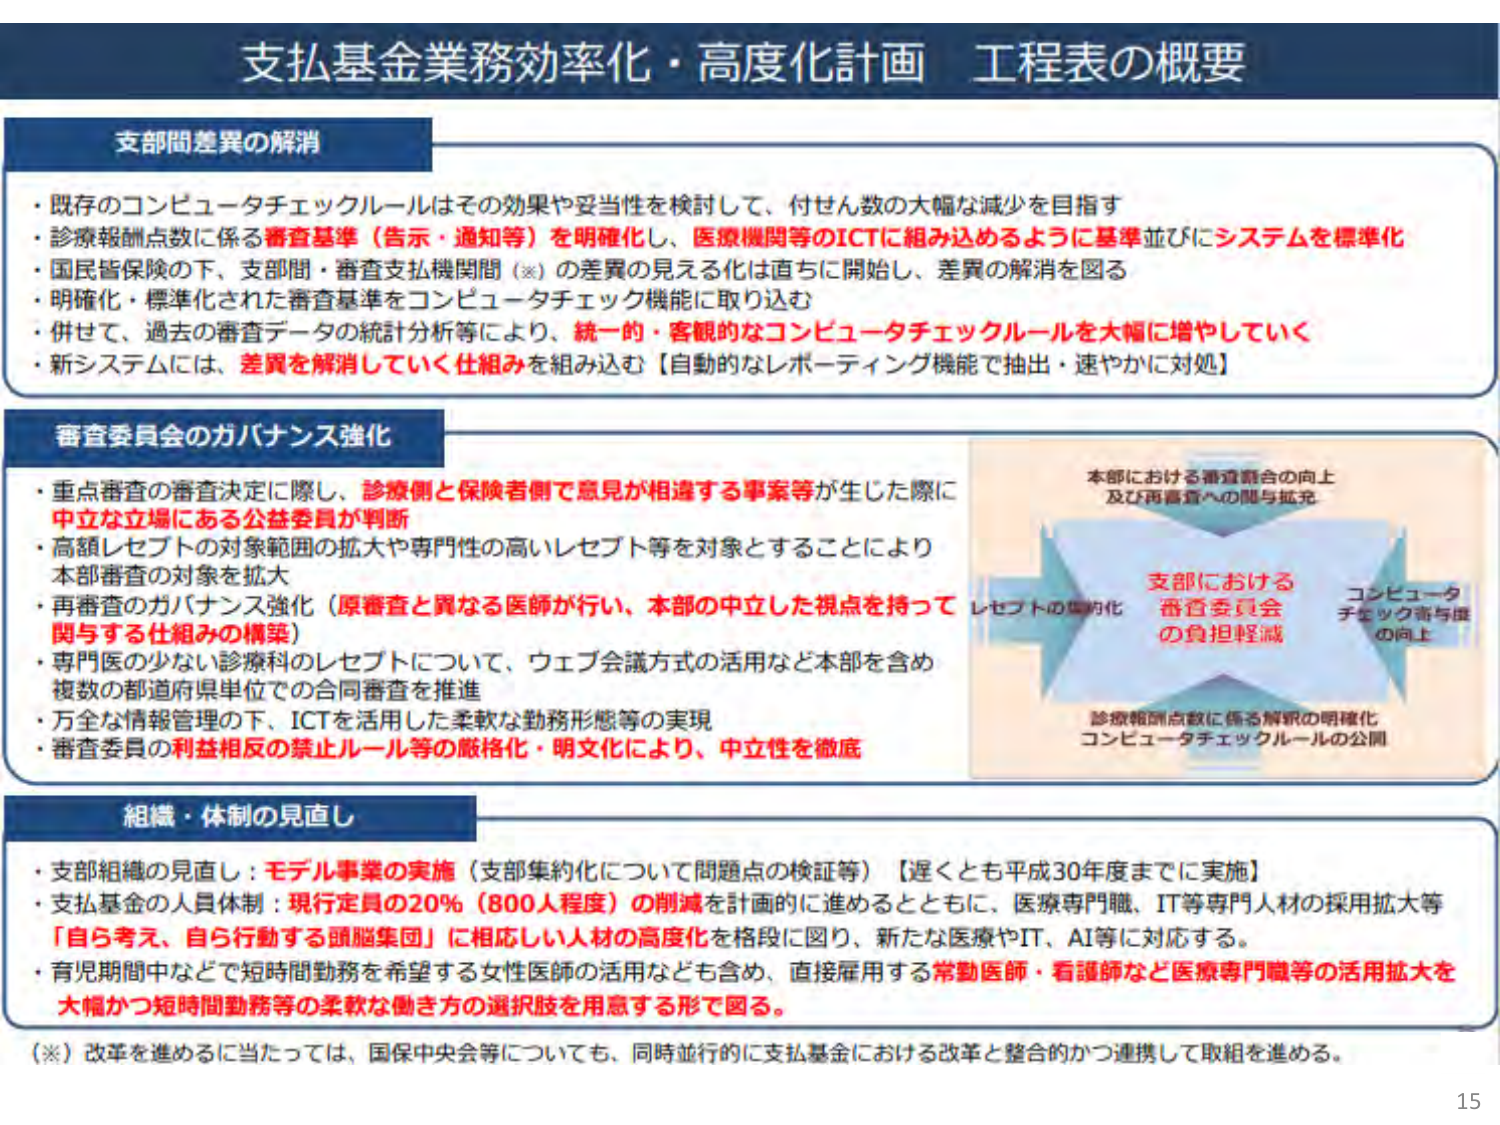
支払基金業務効率化・高度化計画 工程表の概要

支部間差異の解消
・既存のコンピュータチェックルールはその効果や妥当性を検討して、付せん数の大幅な減少を目指す
・診療報酬点数に係る審査基準（告示・通知等）を明確化し、医療機関等のICTに組み込めるように基準並びにシステムを標準化
・国民皆保険の下、支部間・審査支払機関間（※）の差異の見える化は直ちに開始し、差異の解消を図る
・明確化・標準化された審査基準をコンピュータチェック機能に取り込む
・併せて、過去の審査データの統計分析等により、統一的・客観的なコンピュータチェックルールを大幅に増やしていく
・新システムには、差異を解消していく仕組みを組み込む【自動的なレポーティング機能で抽出・速やかに対処】

審査委員会のガバナンス強化
・重点審査の審査決定に際し、診療側と保険者側で意見が相違する事案等が生じた際に中立な立場にある公益委員が判断
・高額レセプトの対象範囲の拡大や専門性の高いレセプト等を対象とすることにより本部審査の対象を拡大
・再審査のガバナンス強化（原審査と異なる医師が行い、本部の中立した視点を持って関与する仕組みの構築）
・専門医の少ない診療科のレセプトについて、ウェブ会議方式の活用など本部を含め複数の都道府県単位での合同審査を推進
・万全な情報管理の下、ICTを活用した柔軟な勤務形態等の実現
・審査委員の利益相反の禁止ルール等の厳格化・明文化により、中立性を徹底

本部における審査関合の向上
及び再審査への関与拡充
レセプトの集約化
支部における
審査委員会
の負担軽減
コンピュータ
チェック寄与度
の向上
診療報酬点数に係る解釈の明確化
コンピュータチェックルールの公開

組織・体制の見直し
・支部組織の見直し：モデル事業の実施（支部集約化について問題点の検証等）【遅くとも平成30年度までに実施】
・支払基金の人員体制：現行定員の20％（800人程度）の削減を計画的に進めるとともに、医療専門職、IT等専門人材の採用拡大等「自ら考え、自ら行動する頭脳集団」に相応しい人材の高度化を格段に図り、新たな医療やIT、AI等に対応する。
・育児期間中などで短時間勤務を希望する女性医師の活用なども含め、直接雇用する常勤医師・看護師など医療専門職等の活用拡大を大幅かつ短時間勤務等の柔軟な働き方の選択肢を用意する形で図る。

（※）改革を進めるに当たっては、国保中央会等についても、同時並行的に支払基金における改革と整合的かつ連携して取組を進める。

15